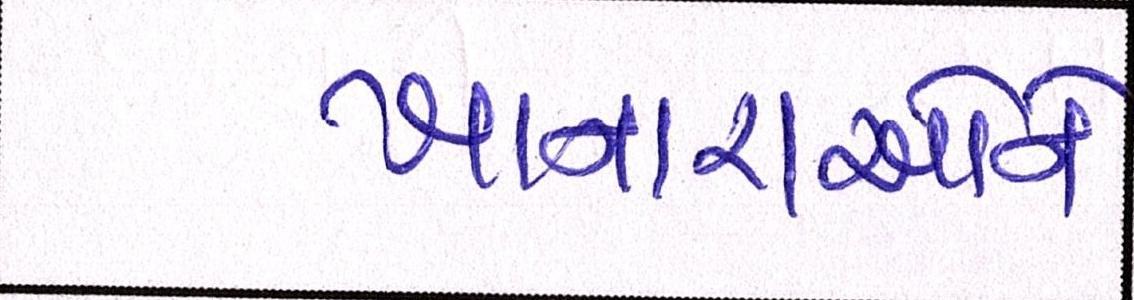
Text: ખાનારાઓને